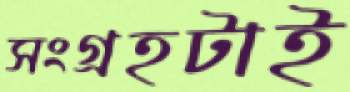
সংগ্রহটাই